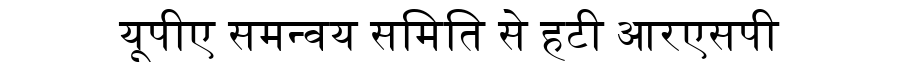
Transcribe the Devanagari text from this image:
यूपीए समन्वय समिति से हटी आरएसपी